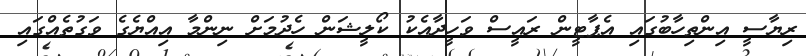
ރިޔާސީ އިންތިހާބުގައި އެޕާޓީން ރައީސް ވަހީދާއެކު ކޯލީޝަން ހެދުމަށް ނިންމާ އިއްޔެގެ ވަގުތެއްގައި